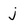
Character: j